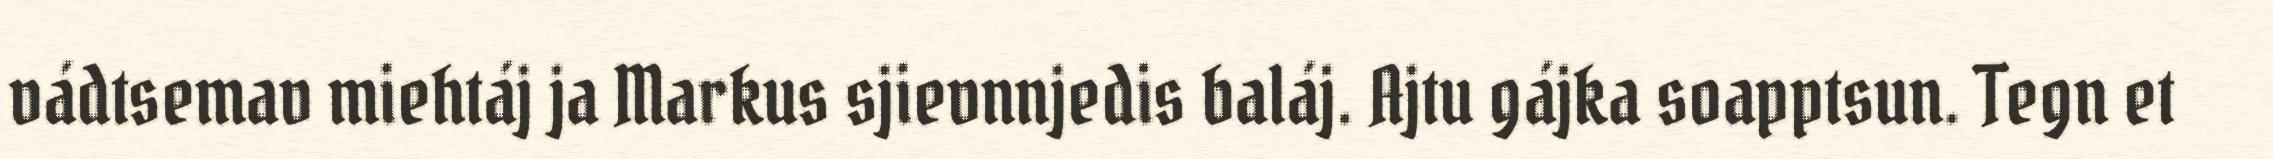
vádtsemav miehtáj ja Markus sjievnnjedis baláj. Ajtu gájka soapptsun. Tegn et